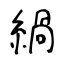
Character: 緺